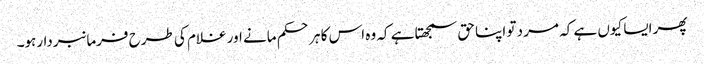
پھر ایسا کیوں ہے کہ مر د تو اپنا حق سمجھتا ہے کہ وہ اس کا ہر حکم مانے اور غلام کی طرح فرمانبردارہو۔